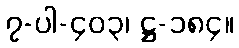
၇-ပါ-၄၀၃၊ ဋ္ဌ-၁၈၄။